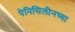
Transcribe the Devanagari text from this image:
पेनिसिलीनच्या